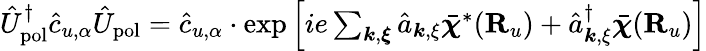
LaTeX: \begin{array}{r}{\hat{U}_{\mathrm{pol}}^{\dagger}\hat{c}_{u,\alpha}\hat{U}_{\mathrm{pol}}=\hat{c}_{u,\alpha}\cdot\exp\Big[{ie\sum_{{\boldsymbol k},{\boldsymbol\xi}}\hat{a}_{{\boldsymbol k},{\mathbf\xi}}\bar{\boldsymbol\chi}^{*}({\mathbf R}_{u})+\hat{a}_{{\boldsymbol k},{\mathbf\xi}}^{\dagger}\bar{\boldsymbol\chi}({\mathbf R}_{u})}\Big]}\end{array}